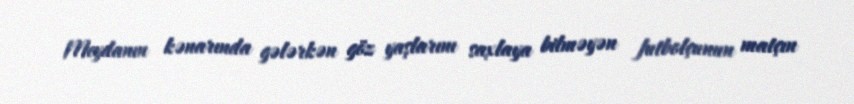
Meydanın kənarında gələrkən göz yaşlarını saxlaya bilməyən futbolçunun matçın